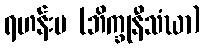
ရဟန်းမ (ဘိက္ခုနီသံဃာ)